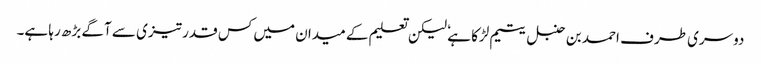
دوسری طرف احمد بن حنبل یتیم لڑکا ہے ٗ لیکن تعلیم کے میدان میں کس قدر تیزی سے آگے بڑھ رہا ہے۔